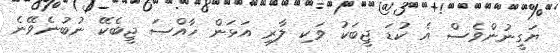
ޔަގީނުންވެސް އެ ކުޑަ ޖީބަކު ވަކި ލާރި އަޅަން ހާއްސަ ޖީބެކޭ ނުބުނެވޭނެ